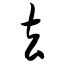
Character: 玄